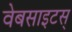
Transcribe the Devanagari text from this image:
वेबसाइटस्